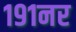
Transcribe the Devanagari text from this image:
१९१नर